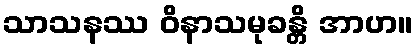
သာသနဿ ဝိနာသမုခန္တိ အာဟ။